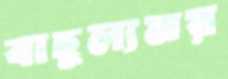
বাহুল্যময়